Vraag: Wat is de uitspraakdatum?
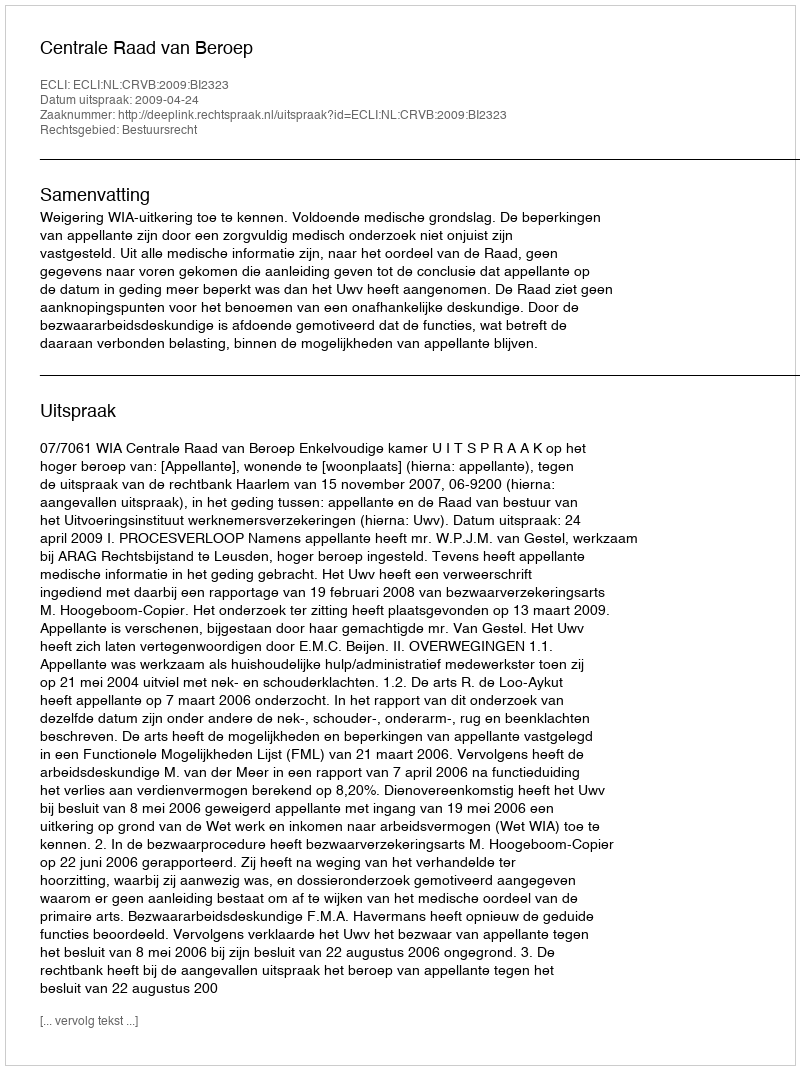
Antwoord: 2009-04-24